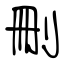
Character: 刪